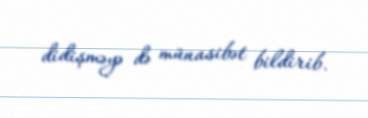
didişməyə də münasibət bildirib.